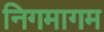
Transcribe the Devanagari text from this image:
निगमागम